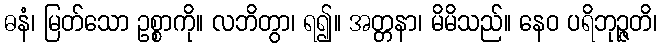
ဓနံ၊ မြတ်သော ဥစ္စာကို။ လဘိတွာ၊ ရ၍။ အတ္တနာ၊ မိမိသည်။ နေဝ ပရိဘုဉ္ဇတိ၊